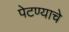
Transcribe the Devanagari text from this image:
पेटण्याचे